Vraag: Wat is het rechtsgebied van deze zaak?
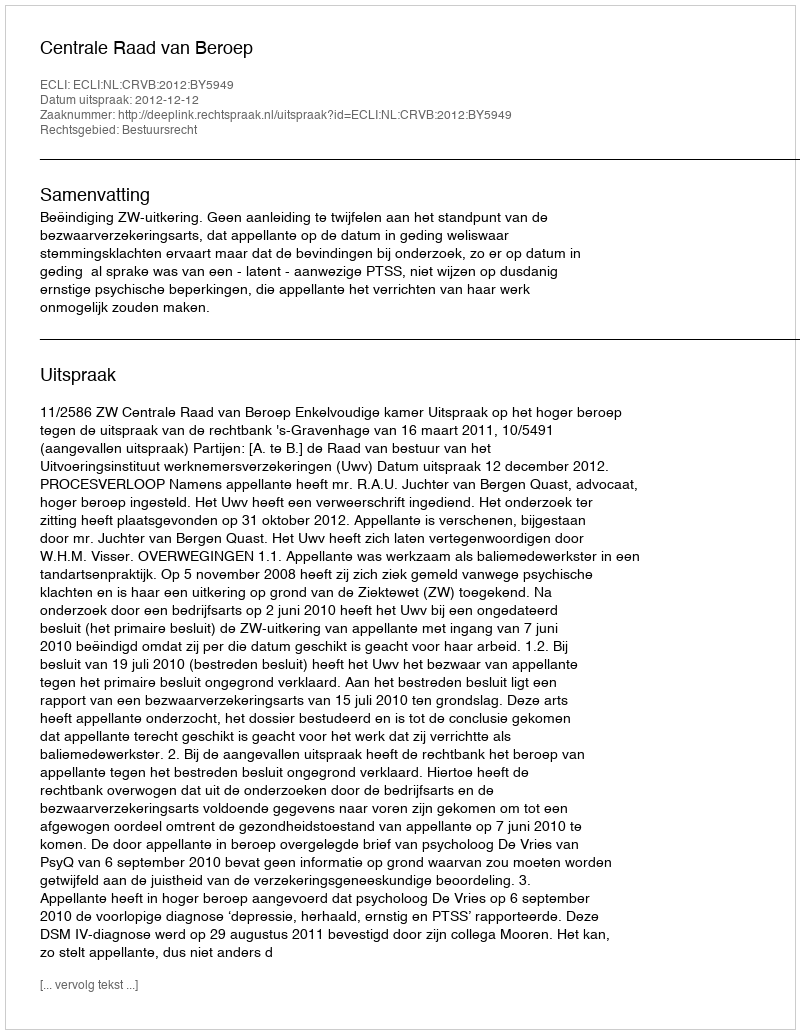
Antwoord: Bestuursrecht